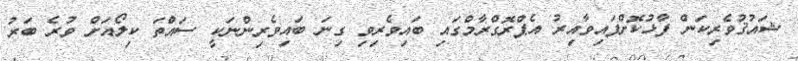
ޝައުޤުވެރިކަން ފާޅުކޮށްފައިވާއިރު އެޕްރޮގްރާމްގައި ބައިވެރިވި ގިނަ ބައިވެރިންނަކީ ސައްތަ ކިލޯއަށް ވުރެ ބަރު